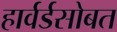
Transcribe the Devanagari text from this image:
हार्वर्डसोबत